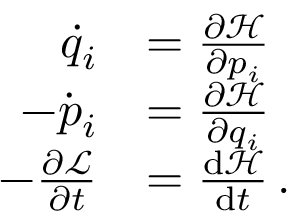
{ \begin{array} { r l } { { \dot { q } } _ { i } } & { = { \frac { \partial { \mathcal { H } } } { \partial p _ { i } } } } \\ { - { \dot { p } } _ { i } } & { = { \frac { \partial { \mathcal { H } } } { \partial q _ { i } } } } \\ { - { \frac { \partial { \mathcal { L } } } { \partial t } } } & { = { \frac { { \mathrm { d } } { \mathcal { H } } } { { \mathrm { d } } t } } \, . } \end{array} }